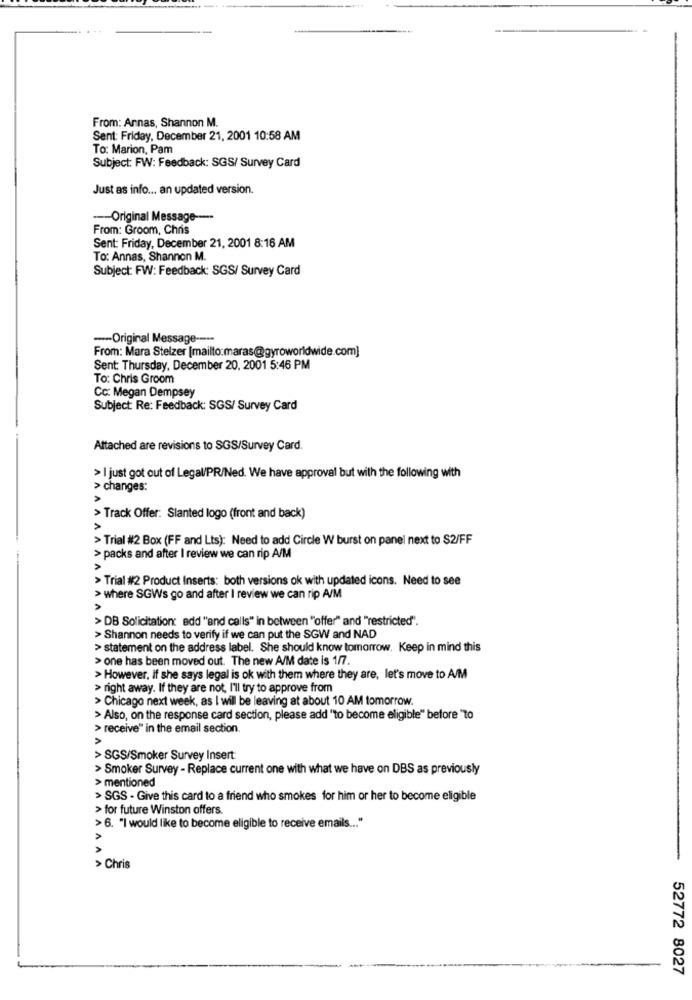
From: Arnas, Shannon M.
Sent: Friday, December 21, 2001 10:58 AM
To: Marion, Pam
Subject: FW: Feedback: SGS/ Survey Card
Just as info ... an updated version.
--- Original Message ----
From: Groom, Chris
Sent: Friday, December 21, 2001 8:16 AM
To: Annas, Shannon M.
Subject: FW: Feedback: SGS/ Survey Card
-- Original Message ----
From: Mara Stelzer [mailto:maras@gyroworldwide.com]
Sent: Thursday, December 20, 2001 5:46 PM
To: Chris Groom
Cc: Megan Dempsey
Subject: Re: Feedback: SGS/ Survey Card
Attached are revisions to SGS/Survey Card.
> I just got out of Legal/PR/Ned. We have approval but with the following with
> changes:
> Track Offer: Slanted logo (front and back)
>
> Trial #2 Box (FF and Lts): Need to add Circle W burst on panel next to $2/FF
> packs and after I review we can rip A/M
> Trial #2 Product Inserts: both versions ok with updated icons. Need to see
> where SGWs go and after I review we can rip A/M
> DB Solicitation: add "and calls" in between "offer" and "restricted".
> Shannon needs to verify if we can put the SGW and NAD
> statement on the address label. She should know tomorrow. Keep in mind this
> one has been moved out. The new A/M date is 1/7.
> However, if she says legal is ok with them where they are, let's move to A/M
> right away. If they are not, I'll try to approve from
> Chicago next week, as I will be leaving at about 10 AM tomorrow.
> Also, on the response card section, please add "to become eligible" before "to
> receive" in the email section.
A
> SGS/Smoker Survey Insert:
> Smoker Survey - Replace current one with what we have on DBS as previously
> mentioned
> SGS - Give this card to a friend who smokes for him or her to become eligible
> for future Winston offers.
>6. "I would like to become eligible to receive emails ... "
> Chris
52772 8027